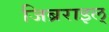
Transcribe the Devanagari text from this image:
जिब्रराइल्